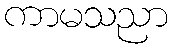
ကာမသညာ